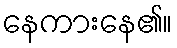
နေကားနေ၏။